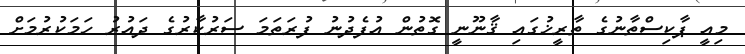
މިއީ ޕާކިސްތާނުގެ ތާރީޚުގައި ޤާނޫނީ ގޮތުން އުފެދުނު ފުރަތަމަ ސަރުކާރުގެ ދައުރު ހަމަކުރުމަށް